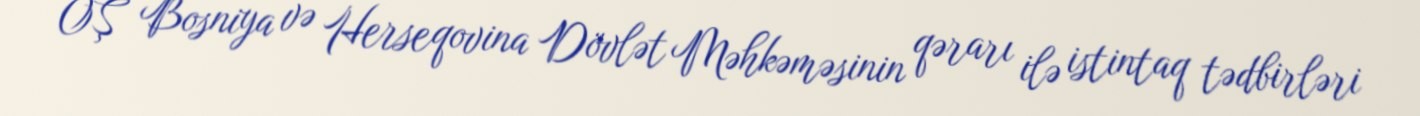
OŞ Bosniya və Herseqovina Dövlət Məhkəməsinin qərarı ilə istintaq tədbirləri